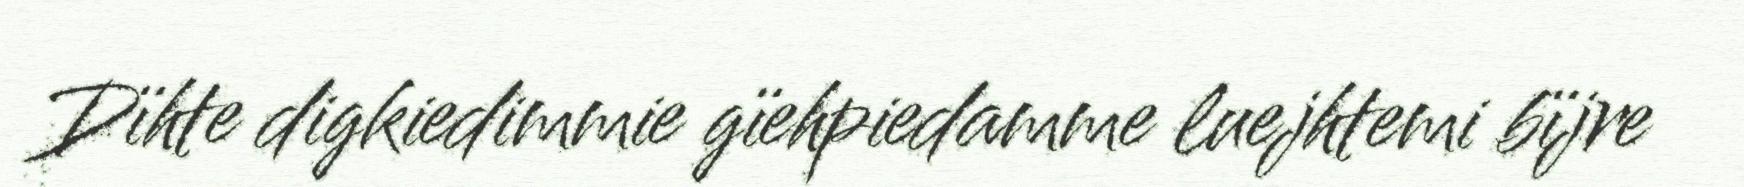
Dïhte digkiedimmie gïehpiedamme luejhtemi bïjre